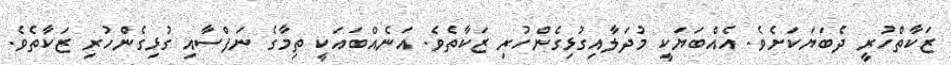
ޒަކާތްހުރީ ދެބަޔަކަށެވެ. އެއްބަޔަކީ މުދަލާއިގުޅިގެންހުރި ޒަކާތެވެ. އަނެއްބައަކީ ތިމާގެ ނަފްސާއި ގުޅިގެންހުރި ޒަކާތެވެ.